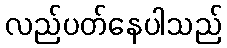
လည်ပတ်နေပါသည်